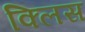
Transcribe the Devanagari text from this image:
क्लिस